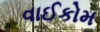
વાઈકોમ